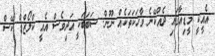
އެއީކީ މީޑިއާގައި ދެއްކޭނެ ވާހަކަތަކެއް ނޫން. ސަބަބަކީ އަދިވެސް އެއީ ކްލޯޒްޑް ކޭސް